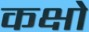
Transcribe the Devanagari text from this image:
कक्षो